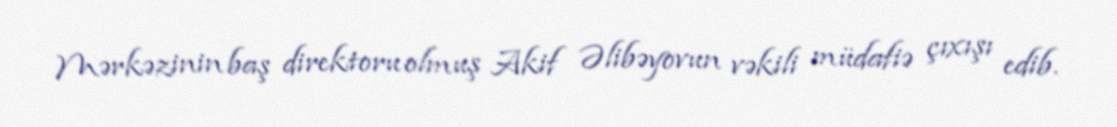
Mərkəzinin baş direktoru olmuş Akif Əlibəyovun vəkili müdafiə çıxışı edib.